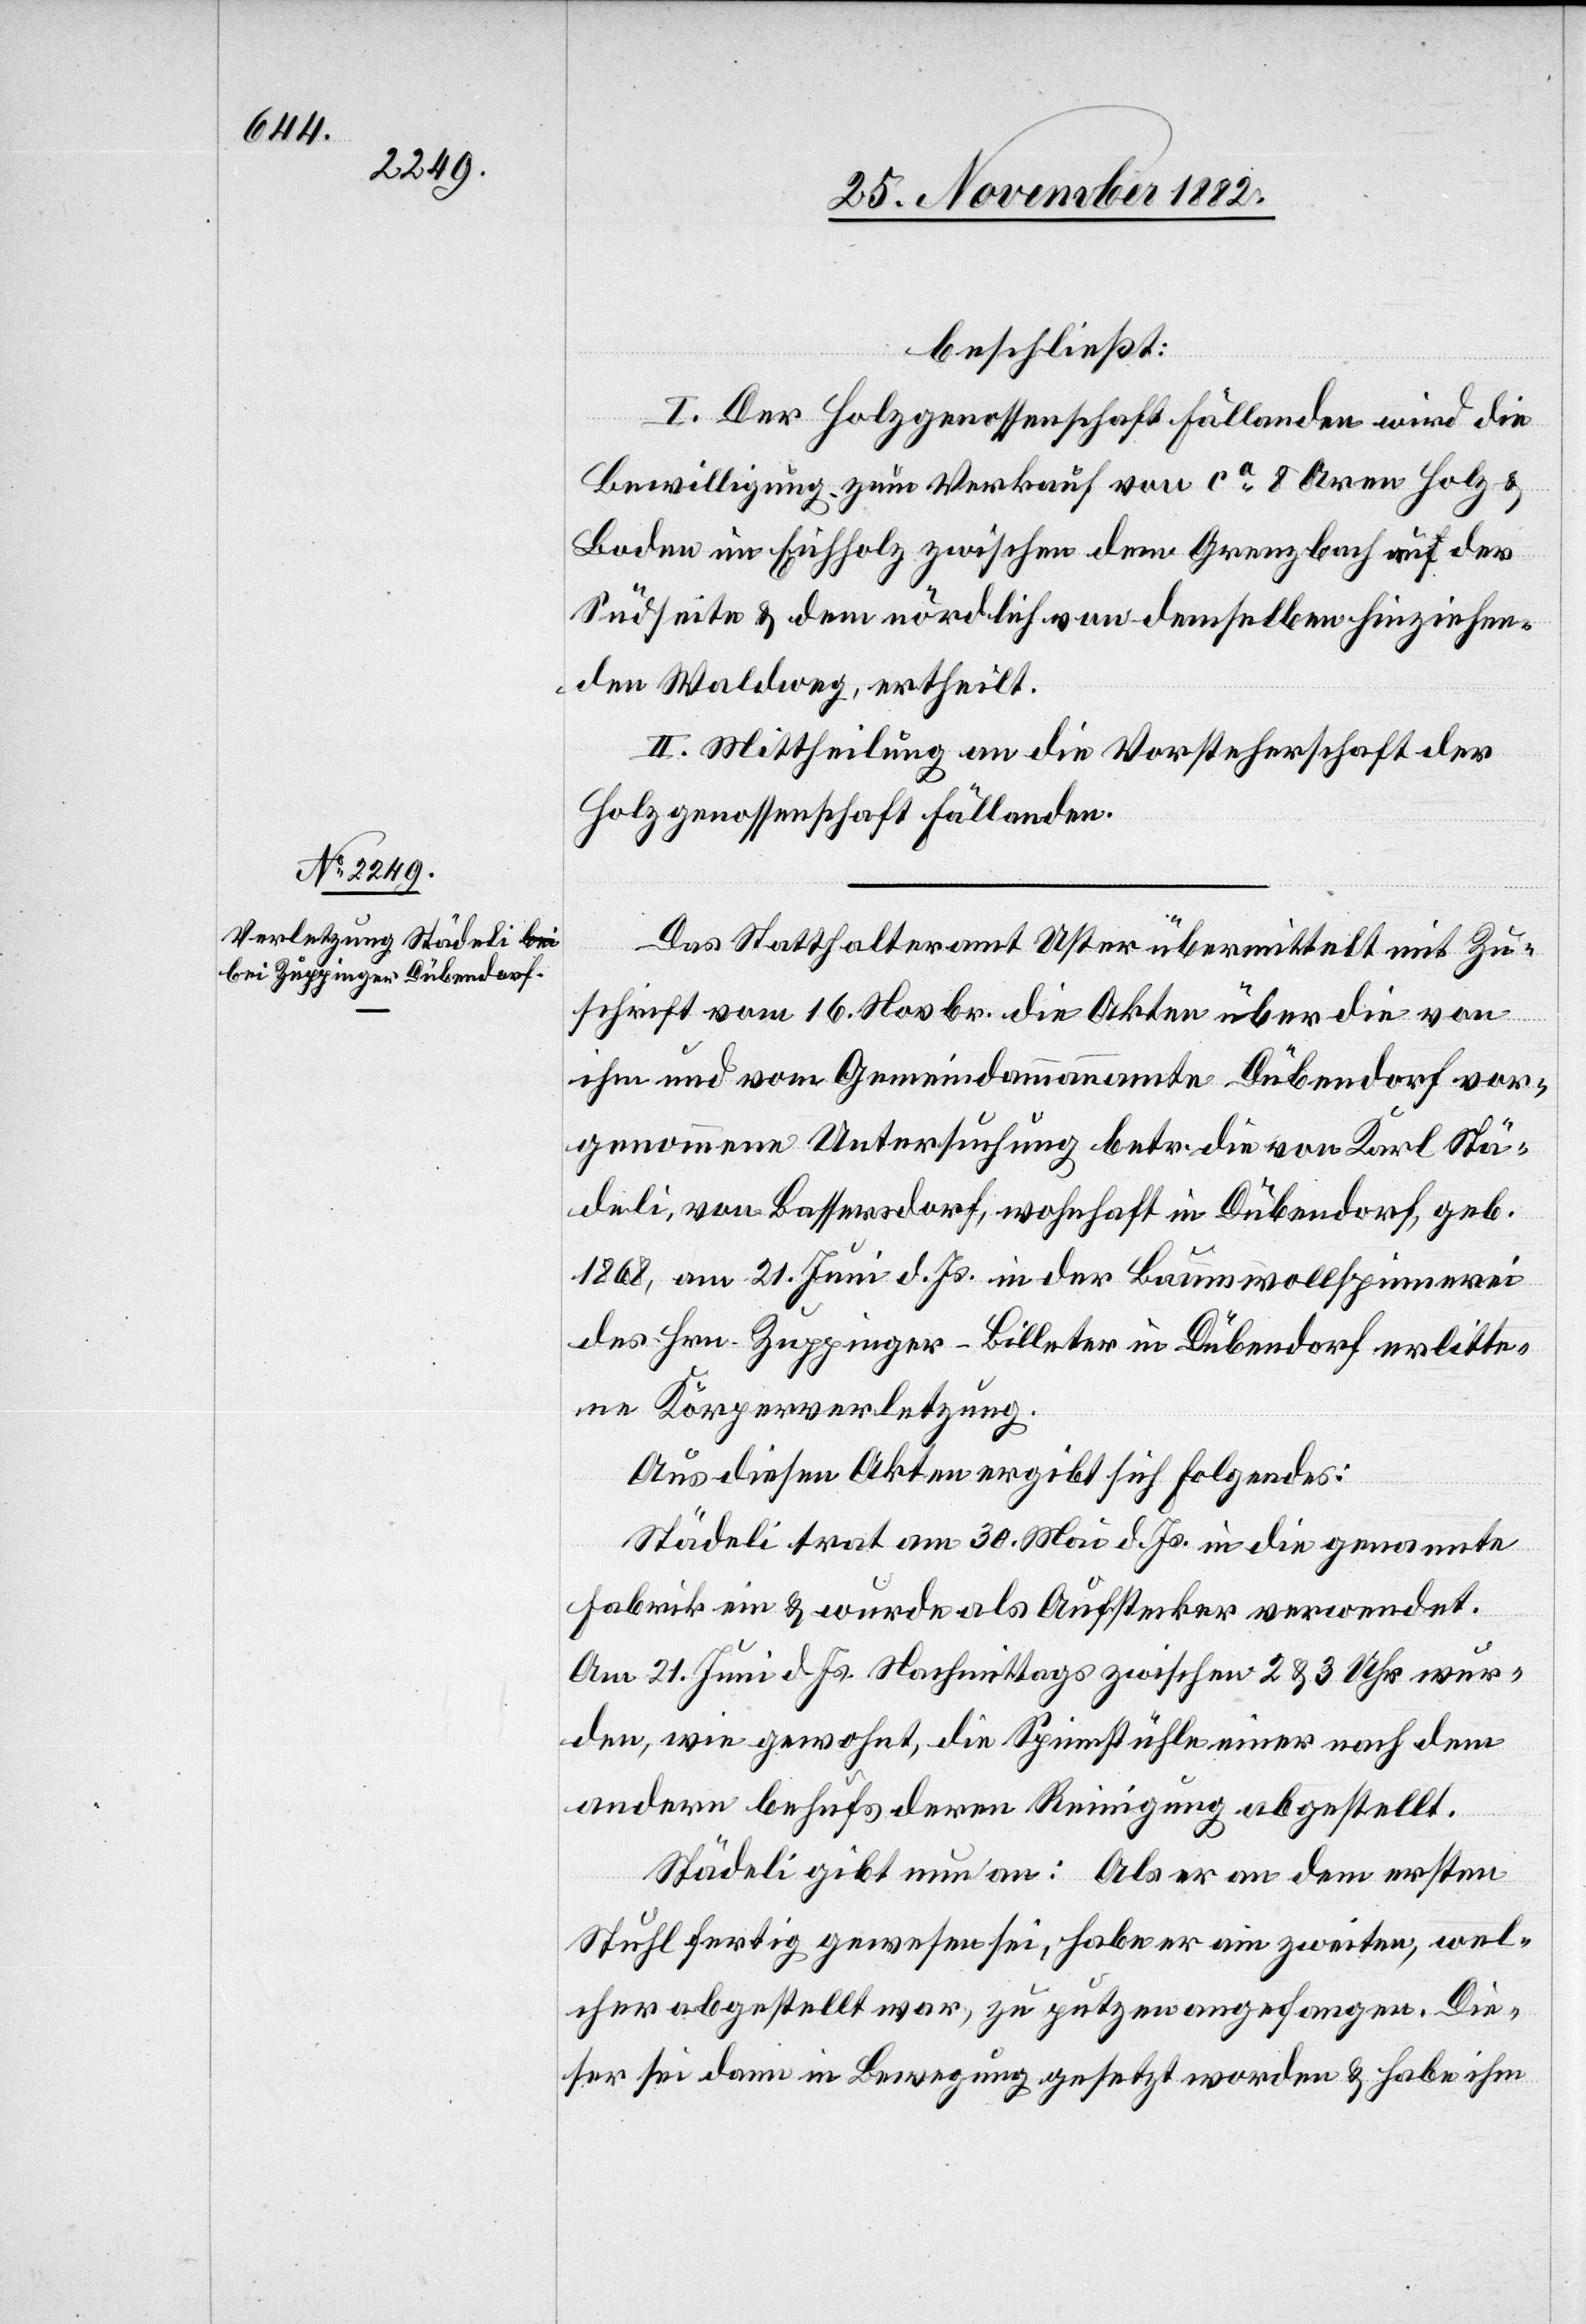
beschließt:
I. Der Holzgenossenschaft Fällanden wird die
Bewilligung zum Verkauf von ca 8 Aren Holz &
Boden im Eichholz zwischen dem Grenzbach auf der
Südseite & dem nördlich von demselben hinziehen¬
den Waldweg, ertheilt.
II. Mittheilung an die Vorsteherschaft der
Holzgenossenschaft Fällanden.
Das Statthalteramt Uster übermittelt mit Zu¬
schrift vom 16. Novbr. die Akten über die von
ihm und vom Gemeindammannamte Dübendorf vor¬
genommene Untersuchung betr. die von Karl Stä¬
deli, von Bassersdorf, wohnhaft in Dübendorf, geb.
1868, am 21. Juni d. Js. in der Baumwollspinnerei
des Hrn. Zuppinger-Billeter in Dübendorf erlitte¬
ne Körperverletzung.
Aus diesen Akten ergibt sich Folgendes:
Städeli trat am 30. Mai d. Js. in die genannte
Fabrik ein & wurde als Aufstecker verwendet.
Am 21. Juni d. Js. Nachmittags zwischen 2 & 3 Uhr wur¬
den, wie gewohnt, die Spinnstühle einer nach dem
andern behufs deren Reinigung abgestellt.
Städeli gibt nun an: Als er an dem ersten
Stuhl fertig gewesen sei, habe er am zweiten, wel¬
cher abgestellt war, zu putzen angefangen. Die¬
ser sei dann in Bewegung gesetzt worden & habe ihm